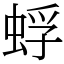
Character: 蜉